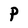
Character: P